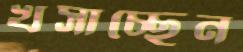
খসাচ্ছেন